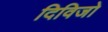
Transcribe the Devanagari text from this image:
दिविजो